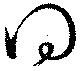
得